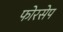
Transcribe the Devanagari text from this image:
फोरसेप